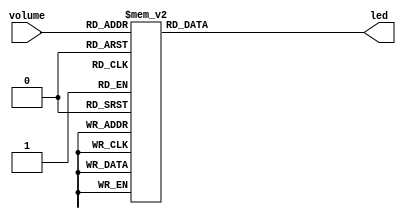
`timescale 1ns / 1ps
//////////////////////////////////////////////////////////////////////////////////
// Company: 
// Engineer: 
// 
// Design Name: 
// Module Name: display_led
// Project Name: 
// Target Devices: 
// Tool Versions: 
// Description: 
// 
// Dependencies: 
// 
// Revision:
// Revision 0.01 - File Created
// Additional Comments:
// 
//////////////////////////////////////////////////////////////////////////////////


module display_led(
    input [3:0] volume,
    output reg [15:0] led
    );
    always @(*) begin
        case(volume)
        4'd0: led = 0;
        4'd1: led = {1{1'b1}};
        4'd2: led = {2{1'b1}};
        4'd3: led = {3{1'b1}};
        4'd4: led = {4{1'b1}};
        4'd5: led = {5{1'b1}};
        4'd6: led = {6{1'b1}};
        4'd7: led = {7{1'b1}};
        4'd8: led = {8{1'b1}};
        4'd9: led = {9{1'b1}};
        4'd10: led = {10{1'b1}};
        4'd11: led = {11{1'b1}};
        4'd12: led = {12{1'b1}};
        4'd13: led = {13{1'b1}};
        4'd14: led = {14{1'b1}};
        4'd15: led = {15{1'b1}};
        endcase
    end
endmodule